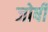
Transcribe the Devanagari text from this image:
जोषी